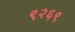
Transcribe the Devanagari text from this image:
९२६९